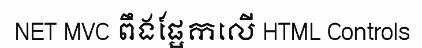
NET MVC ពឹងផ្អែកលើ HTML Controls